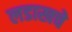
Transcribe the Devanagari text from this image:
लडाखचे